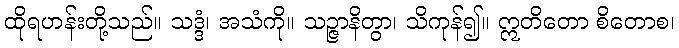
ထိုရဟန်းတို့သည်။ သဒ္ဒံ၊ အသံကို။ သဉ္ဇာနိတွာ၊ သိကုန်၍။ ဣတိတော စိတောစ၊